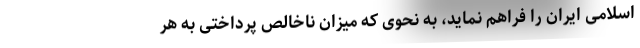
اسلامی ایران را فراهم نماید، به نحوی که میزان ناخالص پرداختی به هر